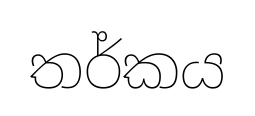
තර්කය